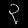
Digit: ၃